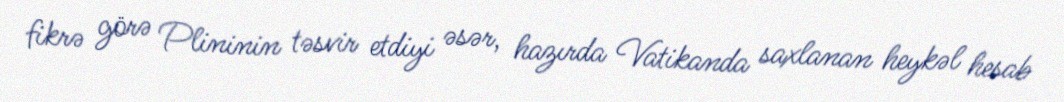
fikrə görə Plininin təsvir etdiyi əsər, hazırda Vatikanda saxlanan heykəl hesab